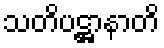
သတိပဋ္ဌာနာတိ